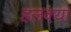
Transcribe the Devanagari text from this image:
हलक्‍या